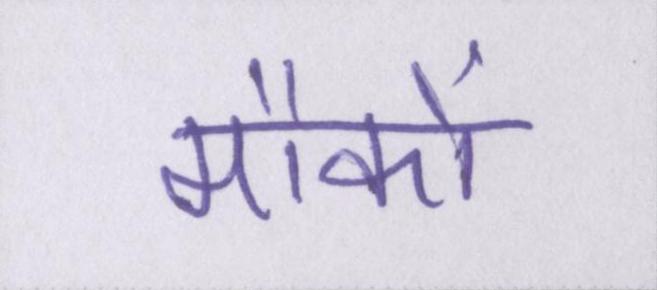
मौकों